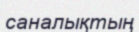
саналықтың